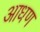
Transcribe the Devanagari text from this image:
आधण